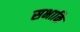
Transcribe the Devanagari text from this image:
सभाकि